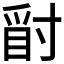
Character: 𱬾